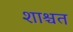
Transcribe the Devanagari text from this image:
शाश्चत